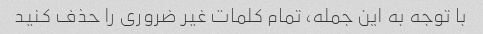
با توجه به این جمله، تمام کلمات غیر ضروری را حذف کنید